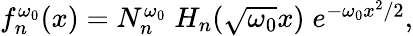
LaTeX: \begin{array}{r}{f_{n}^{\omega_{0}}(x)=N_{n}^{\omega_{0}}\; H_{n}(\sqrt{\omega_{0}}x)\; e^{-\omega_{0}x^{2}/2},}\end{array}